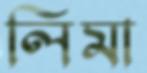
লিমা